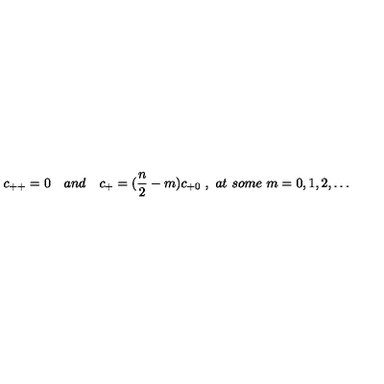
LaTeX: c _ { + + } = 0 \quad a n d \quad c _ { + } = ( { \frac { n } { 2 } } - m ) c _ { + 0 } \ , \ a t \ s o m e \ m = 0 , 1 , 2 , \dots